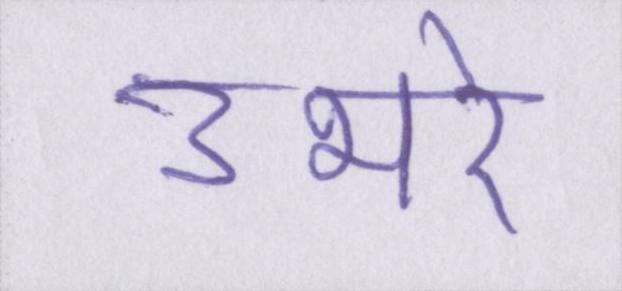
उभरे